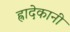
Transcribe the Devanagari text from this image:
ह्रादेकानी